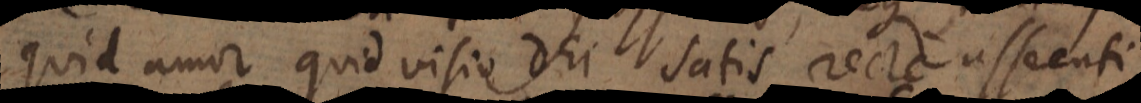
quid amor quid visio Dei satis recte assecuti